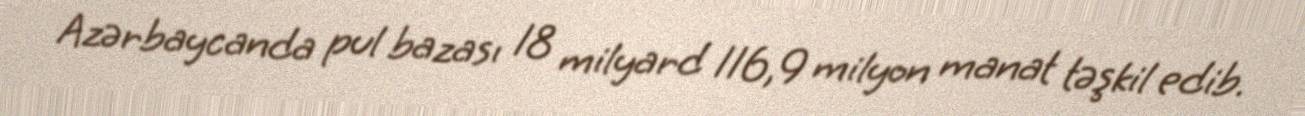
Azərbaycanda pul bazası 18 milyard 116,9 milyon manat təşkil edib.